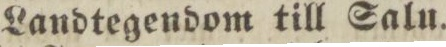
Landtegendom till Salu.